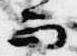
而